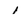
Character: 1